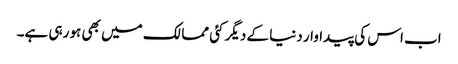
اب اس کی پیداوار دنیا کے دیگر کئی ممالک میں بھی ہو رہی ہے۔